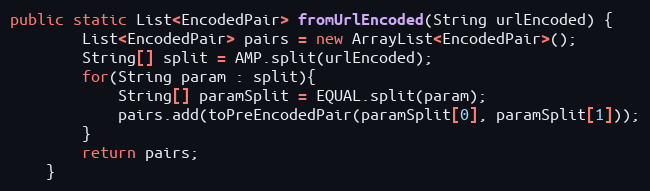
Language: Java
public static List<EncodedPair> fromUrlEncoded(String urlEncoded) {
        List<EncodedPair> pairs = new ArrayList<EncodedPair>();
        String[] split = AMP.split(urlEncoded);
        for(String param : split){
            String[] paramSplit = EQUAL.split(param);
            pairs.add(toPreEncodedPair(paramSplit[0], paramSplit[1]));
        }
        return pairs;
    }